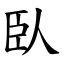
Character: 臥